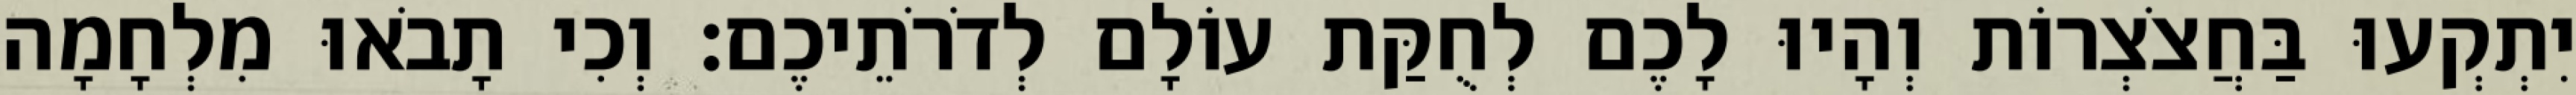
יִתְקְעוּ בַּחֲצֹצְרוֹת וְהָיוּ לָכֶם לְחֻקַּת עוֹלָם לְדֹרֹתֵיכֶם׃ וְכִי תָבֹאוּ מִלְחָמָה